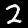
Digit: 2